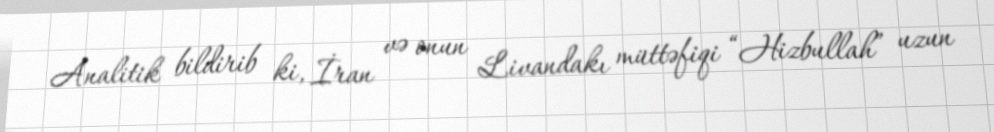
Analitik bildirib ki, İran və onun Livandakı müttəfiqi “Hizbullah” uzun